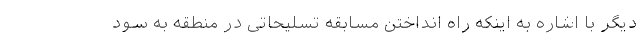
دیگر با اشاره به اینکه راه انداختن مسابقه تسلیحاتی در منطقه به سود